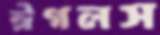
ঈগলস